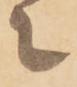
々